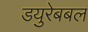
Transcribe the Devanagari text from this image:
डयुरेबबल